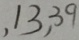
, 1 3 , 3 9